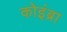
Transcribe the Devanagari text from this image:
कोइंब्रा